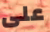
على